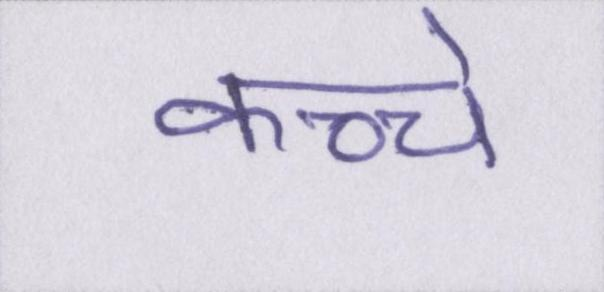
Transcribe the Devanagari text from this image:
कच्चे